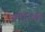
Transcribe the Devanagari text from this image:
अमेरिकी